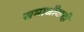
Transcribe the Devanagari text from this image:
समाधीवादी